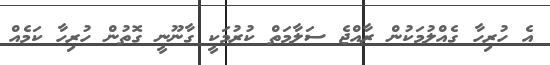
އެ ހުރިހާ ގެއްލުމަކުން ރާއްޖެ ސަލާމަތް ކުރުމަކީ ގާނޫނީ ގޮތުން ހުރިހާ ކަމެއް